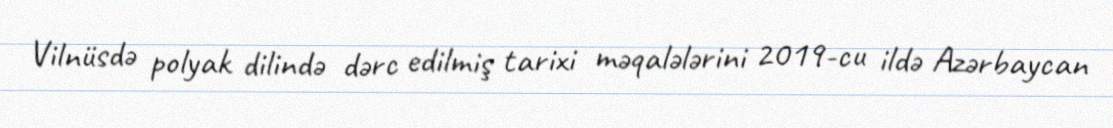
Vilnüsdə polyak dilində dərc edilmiş tarixi məqalələrini 2019-cu ildə Azərbaycan